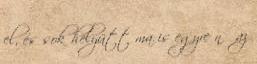
el, és sok helyütt ma is egyre nő az